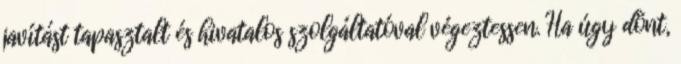
javítást tapasztalt és hivatalos szolgáltatóval végeztessen. Ha úgy dönt,